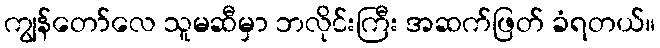
ကျွန်တော်လေ သူမဆီမှာ ဘလိုင်းကြီး အဆက်ဖြတ် ခံရတယ်။